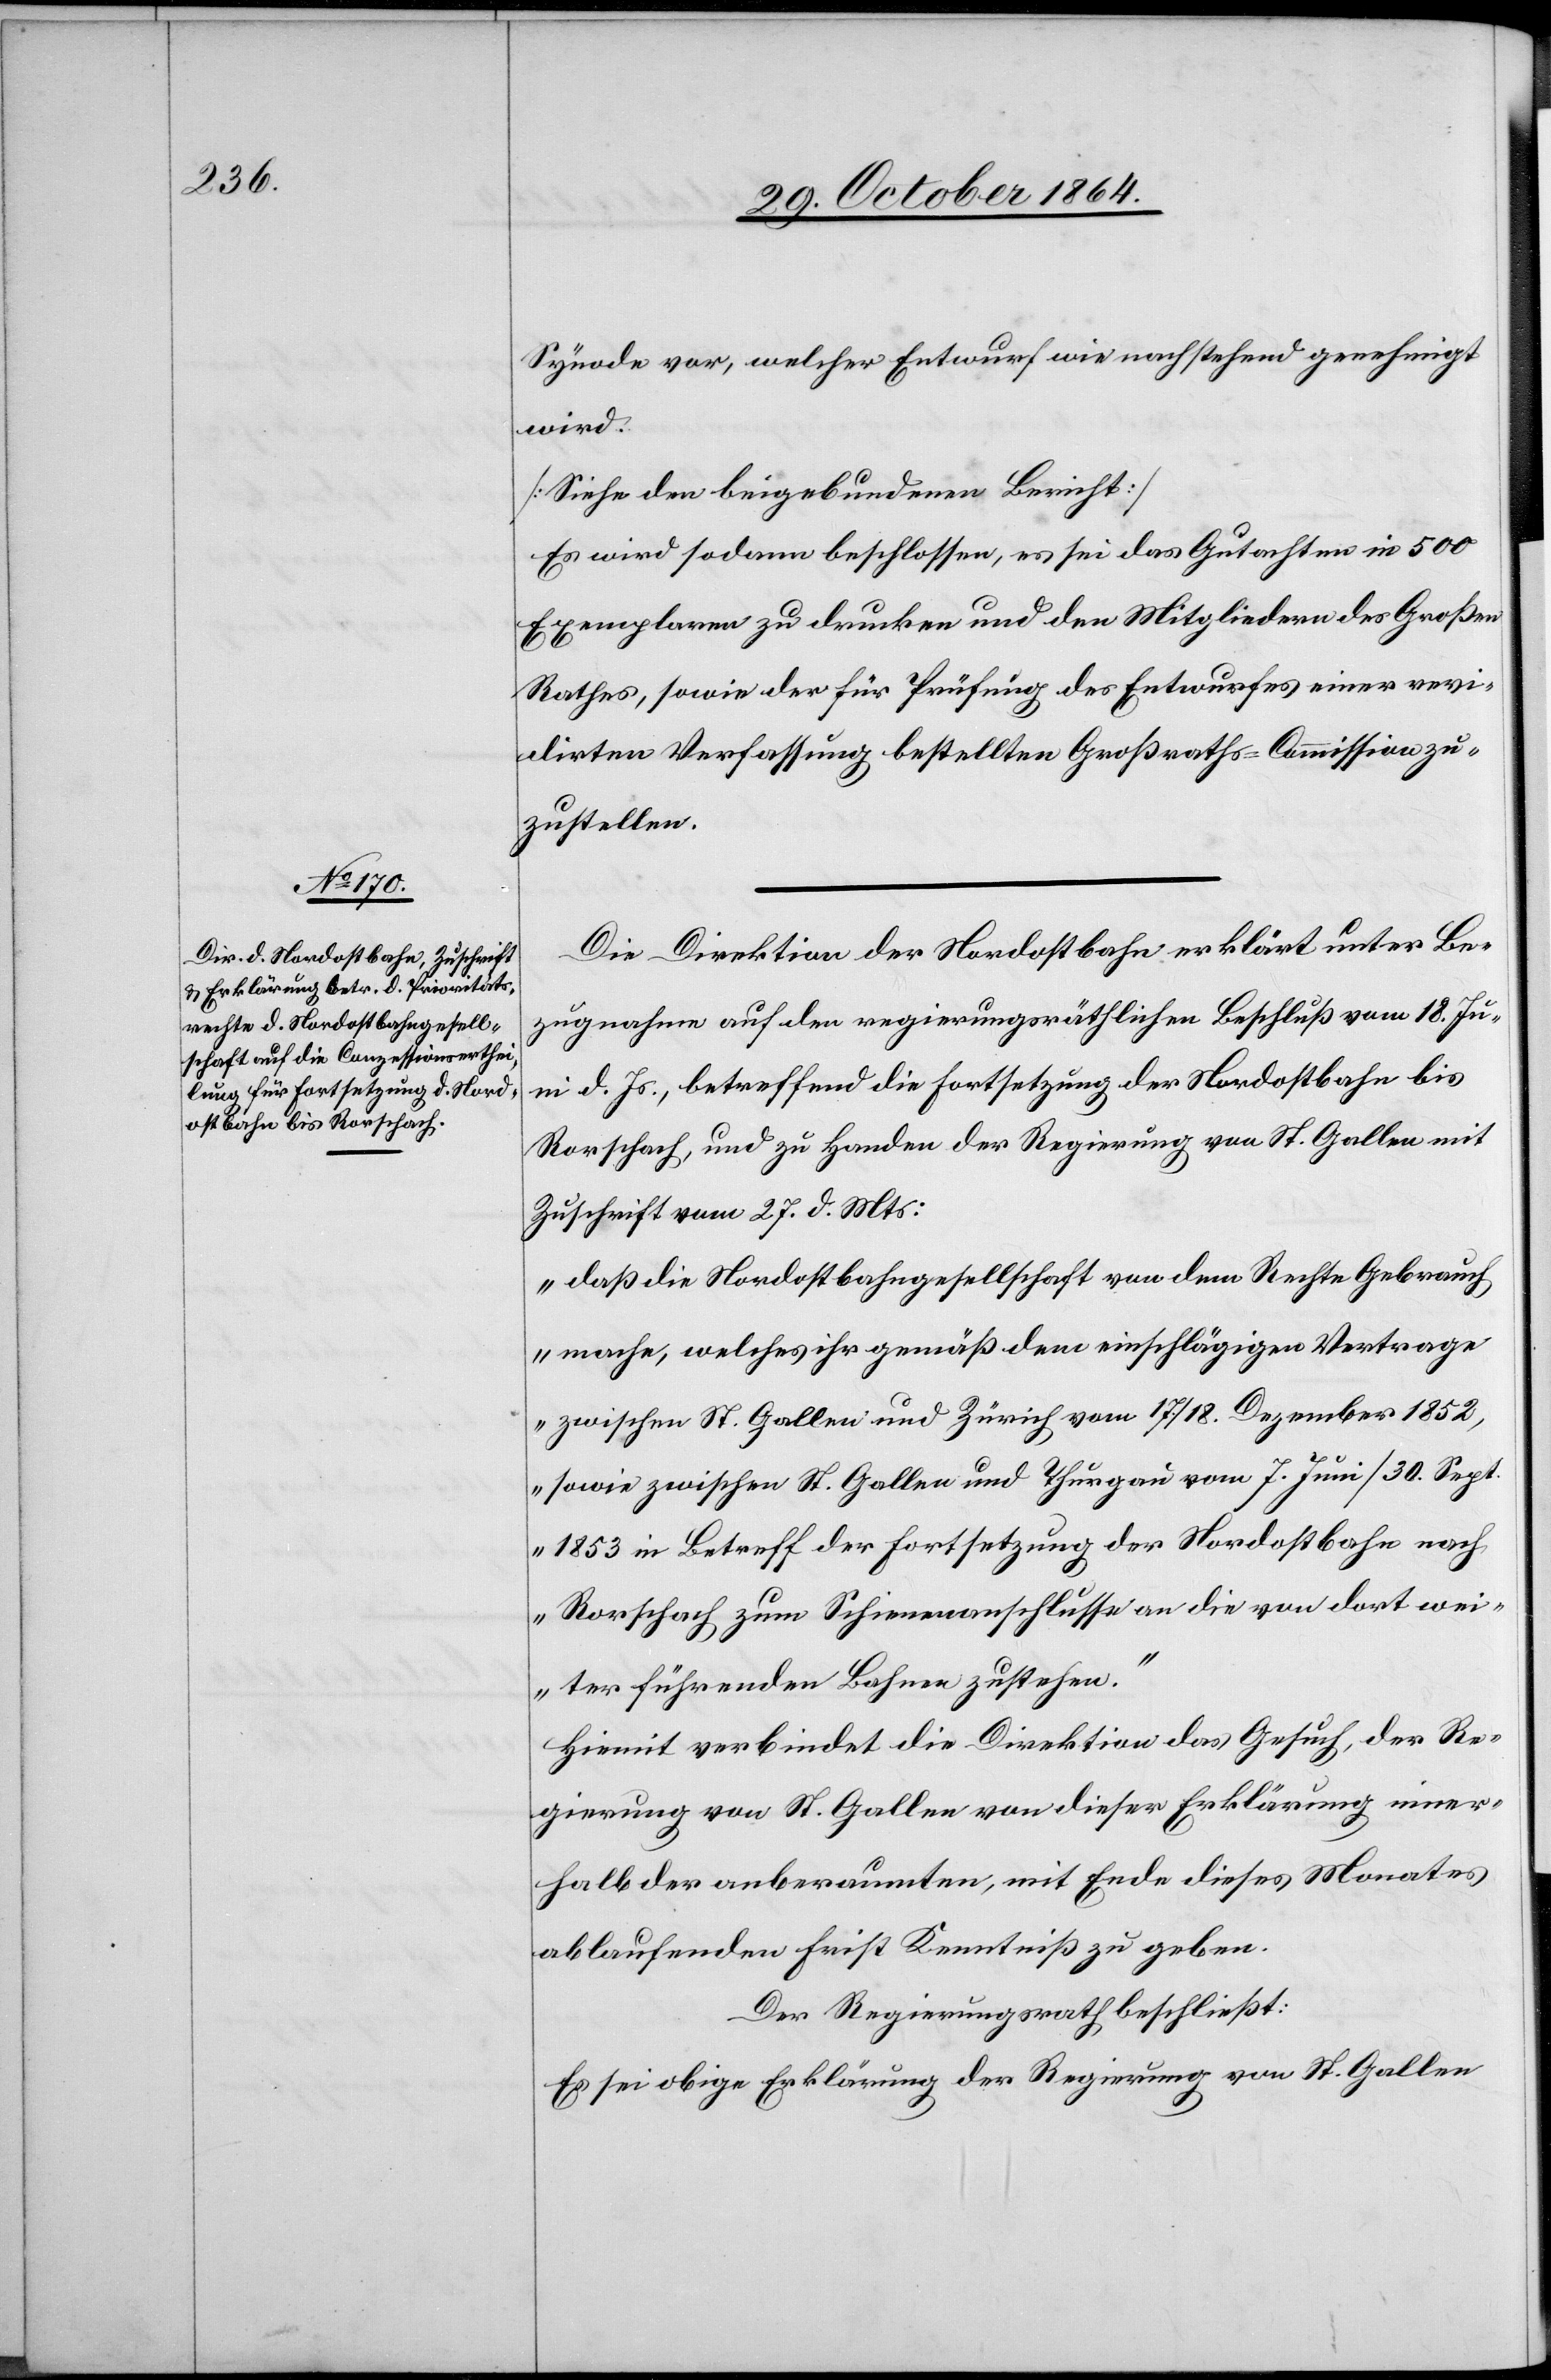
Synode vor, welcher Entwurf wie nachstehend genehmigt
wird:
[Siehe den beigebundenen Bericht]
Es wird sodann beschlossen, es sei das Gutachten in 500
Exemplaren zu drucken und den Mitgliedern des Großen
Rathes, sowie der für Prüfung des Entwurfes einer revi¬
dirten Verfassung bestellten Großraths-Commission zu¬
zustellen.
Die Direktion der Nordostbahn erklärt unter Be¬
zugnahme auf den regierungsräthlichen Beschluß vom 18. Ju¬
ni d. Js., betreffend die Fortsetzung der Nordostbahn bis
Rorschach, und zu Handen der Regierung von St. Gallen mit
Zuschrift vom 27. d. Mts:
„daß die Nordostbahngesellschaft von dem Rechte Gebrach
mache, welches ihr gemäß dem einschlägigen Vertrage
zwischen St. Gallen und Zürich vom 17./18. Dezember 1852,
sowie zwischen St. Gallen und Thurgau vom 7. Juni/30. Sept.
1853 in Betreff der Fortsetzung der Nordostbahn nach
Rorschach zum Schienenanschlusse an die von dort wei¬
ter führenden Bahnen zustehen.“
Hiemit verbindet die Direktion das Gesuch, der Re¬
gierung von St. Gallen von dieser Erklärung inner¬
halb der anberaumten, mit Ende dieses Monates
ablaufenden Frist Kenntniß zu geben.
Der Regierungsrath beschließt:
Es sei die obige Erklärung der Regierung von St. Gallen